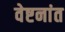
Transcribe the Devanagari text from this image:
वेष्टनांत